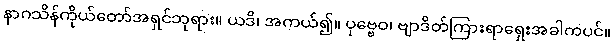
နာဂသိန်ကိုယ်တော်အရှင်ဘုရား။ ယဒိ၊ အကယ်၍။ ပုဗ္ဗေဝ၊ ဗျာဒိတ်ကြားရာရှေးအခါကပင်။